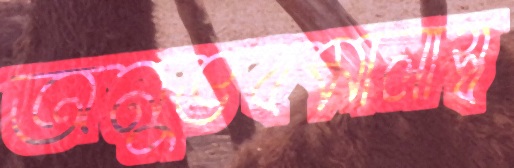
অনুভবমালাস্ব